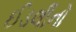
ઈડલીનો